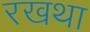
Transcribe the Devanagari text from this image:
रखथा